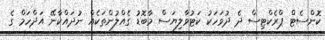
ކޮންސެޓް ޕްރެކްޓިސް ދެ ދުވަހަކު ކަޓުވާލިޔަސް މާބޮޑު ގެއްލުންތަކެއް ނުދައްކާނޭ އަދްހަމް ގެ